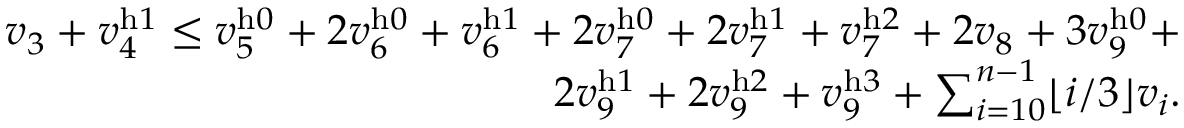
\begin{array} { r } { v _ { 3 } + v _ { 4 } ^ { \mathrm { h } 1 } \leq v _ { 5 } ^ { \mathrm { h } 0 } + 2 v _ { 6 } ^ { \mathrm { h } 0 } + v _ { 6 } ^ { \mathrm { h } 1 } + 2 v _ { 7 } ^ { \mathrm { h } 0 } + 2 v _ { 7 } ^ { \mathrm { h } 1 } + v _ { 7 } ^ { \mathrm { h } 2 } + 2 v _ { 8 } + 3 v _ { 9 } ^ { \mathrm { h } 0 } + } \\ { 2 v _ { 9 } ^ { \mathrm { h } 1 } + 2 v _ { 9 } ^ { \mathrm { h } 2 } + v _ { 9 } ^ { \mathrm { h } 3 } + \sum _ { i = 1 0 } ^ { n - 1 } \lfloor i / 3 \rfloor v _ { i } . } \end{array}